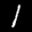
Label: 1